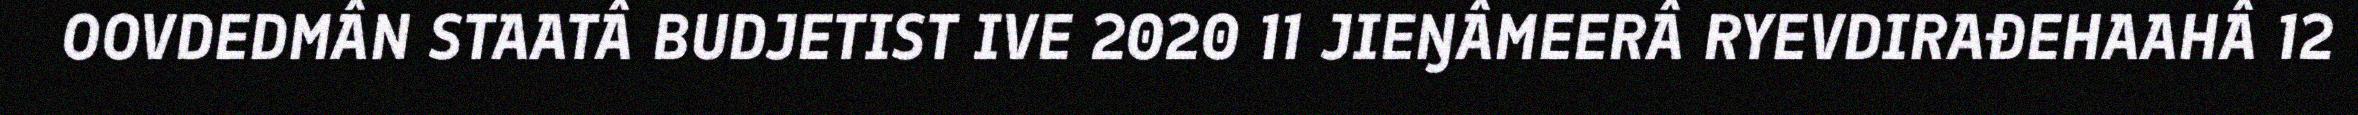
OOVDEDMÂN STAATÂ BUDJETIST IVE 2020 11 JIEŊÂMEERÂ RYEVDIRAĐEHAAHÂ 12